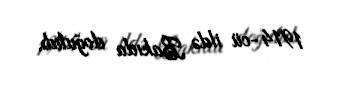
1914-cü ildə Bakıda doğulub.